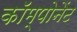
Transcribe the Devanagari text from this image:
काॅम्पोनेंट